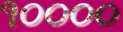
૧૦૦૦૦